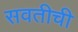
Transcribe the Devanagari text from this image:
सवतीची